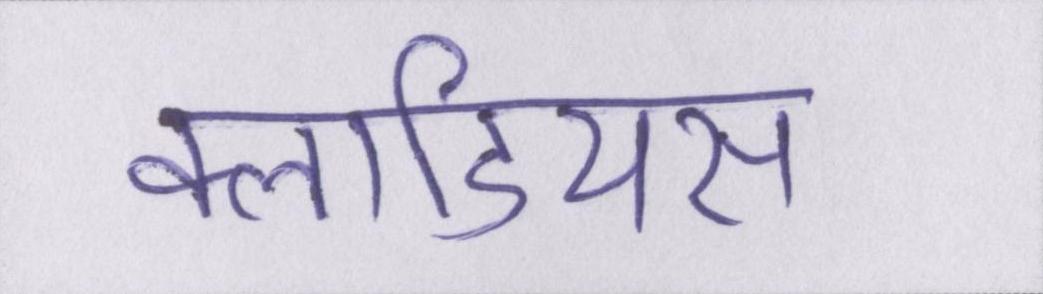
क्लाडियस